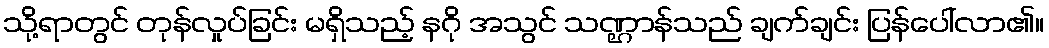
သို့ရာတွင် တုန်လှုပ်ခြင်း မရှိသည့် နဂို အသွင် သဏ္ဌာန်သည် ချက်ချင်း ပြန်ပေါ်လာ၏။